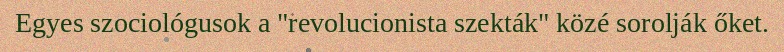
Egyes szociológusok a "revolucionista szekták" közé sorolják őket.